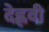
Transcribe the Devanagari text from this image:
देह्लवी